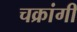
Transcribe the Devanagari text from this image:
चक्रांगी